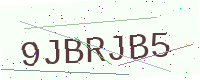
Text: 9JBRJB5